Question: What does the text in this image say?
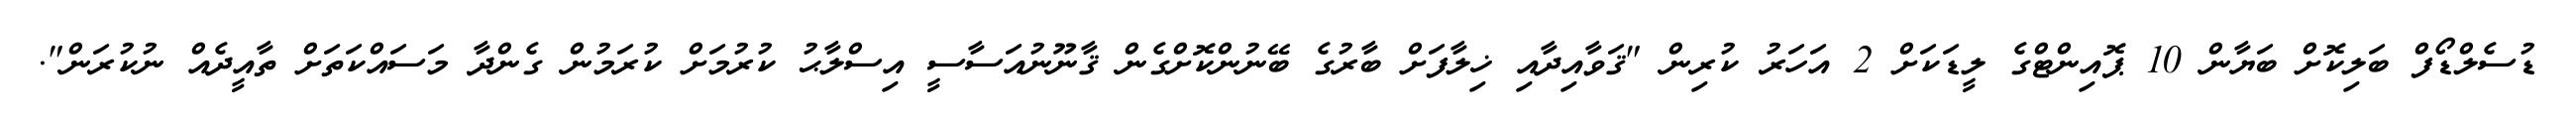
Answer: ޑުސެލްޑޯފް ބަލިކޮށް ބަޔާން 10 ޕޮއިންޓްގެ ލީޑަކަށް 2 އަހަރު ކުރިން "ޤަވާއިދާއި ޚިލާފަށް ބާރުގެ ބޭނުންކޮށްގެން ޤާނޫނުއަސާސީ އިސްލާޙު ކުރުމަށް ކުރަމުން ގެންދާ މަސައްކަތަށް ތާއީދެއް ނުކުރަން".